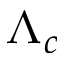
\Lambda _ { c }